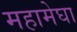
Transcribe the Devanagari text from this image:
महामेघा